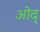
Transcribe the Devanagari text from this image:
ओद्